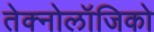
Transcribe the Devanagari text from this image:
तेक्नोलॉजिको